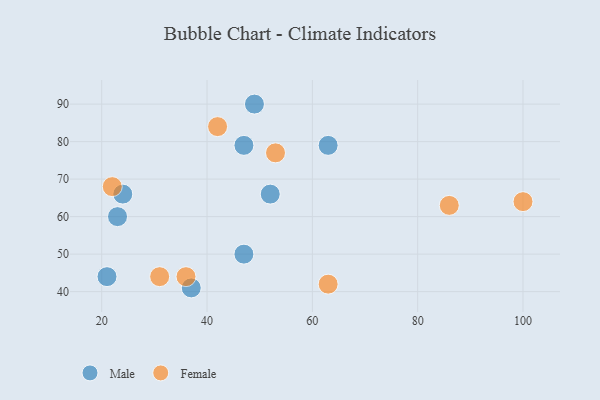
{"axis": {"x": "GDP", "y": "Life Expectancy"}, "legend": ["Female", "Male"], "data": [{"x": "49", "y": 90, "type": "Male"}, {"x": "37", "y": 41, "type": "Male"}, {"x": "23", "y": 60, "type": "Male"}, {"x": "52", "y": 66, "type": "Male"}, {"x": "63", "y": 79, "type": "Male"}, {"x": "21", "y": 44, "type": "Male"}, {"x": "47", "y": 50, "type": "Male"}, {"x": "47", "y": 79, "type": "Male"}, {"x": "24", "y": 66, "type": "Male"}, {"x": "53", "y": 77, "type": "Female"}, {"x": "42", "y": 84, "type": "Female"}, {"x": "63", "y": 42, "type": "Female"}, {"x": "86", "y": 63, "type": "Female"}, {"x": "36", "y": 44, "type": "Female"}, {"x": "100", "y": 64, "type": "Female"}, {"x": "22", "y": 68, "type": "Female"}, {"x": "31", "y": 44, "type": "Female"}]}